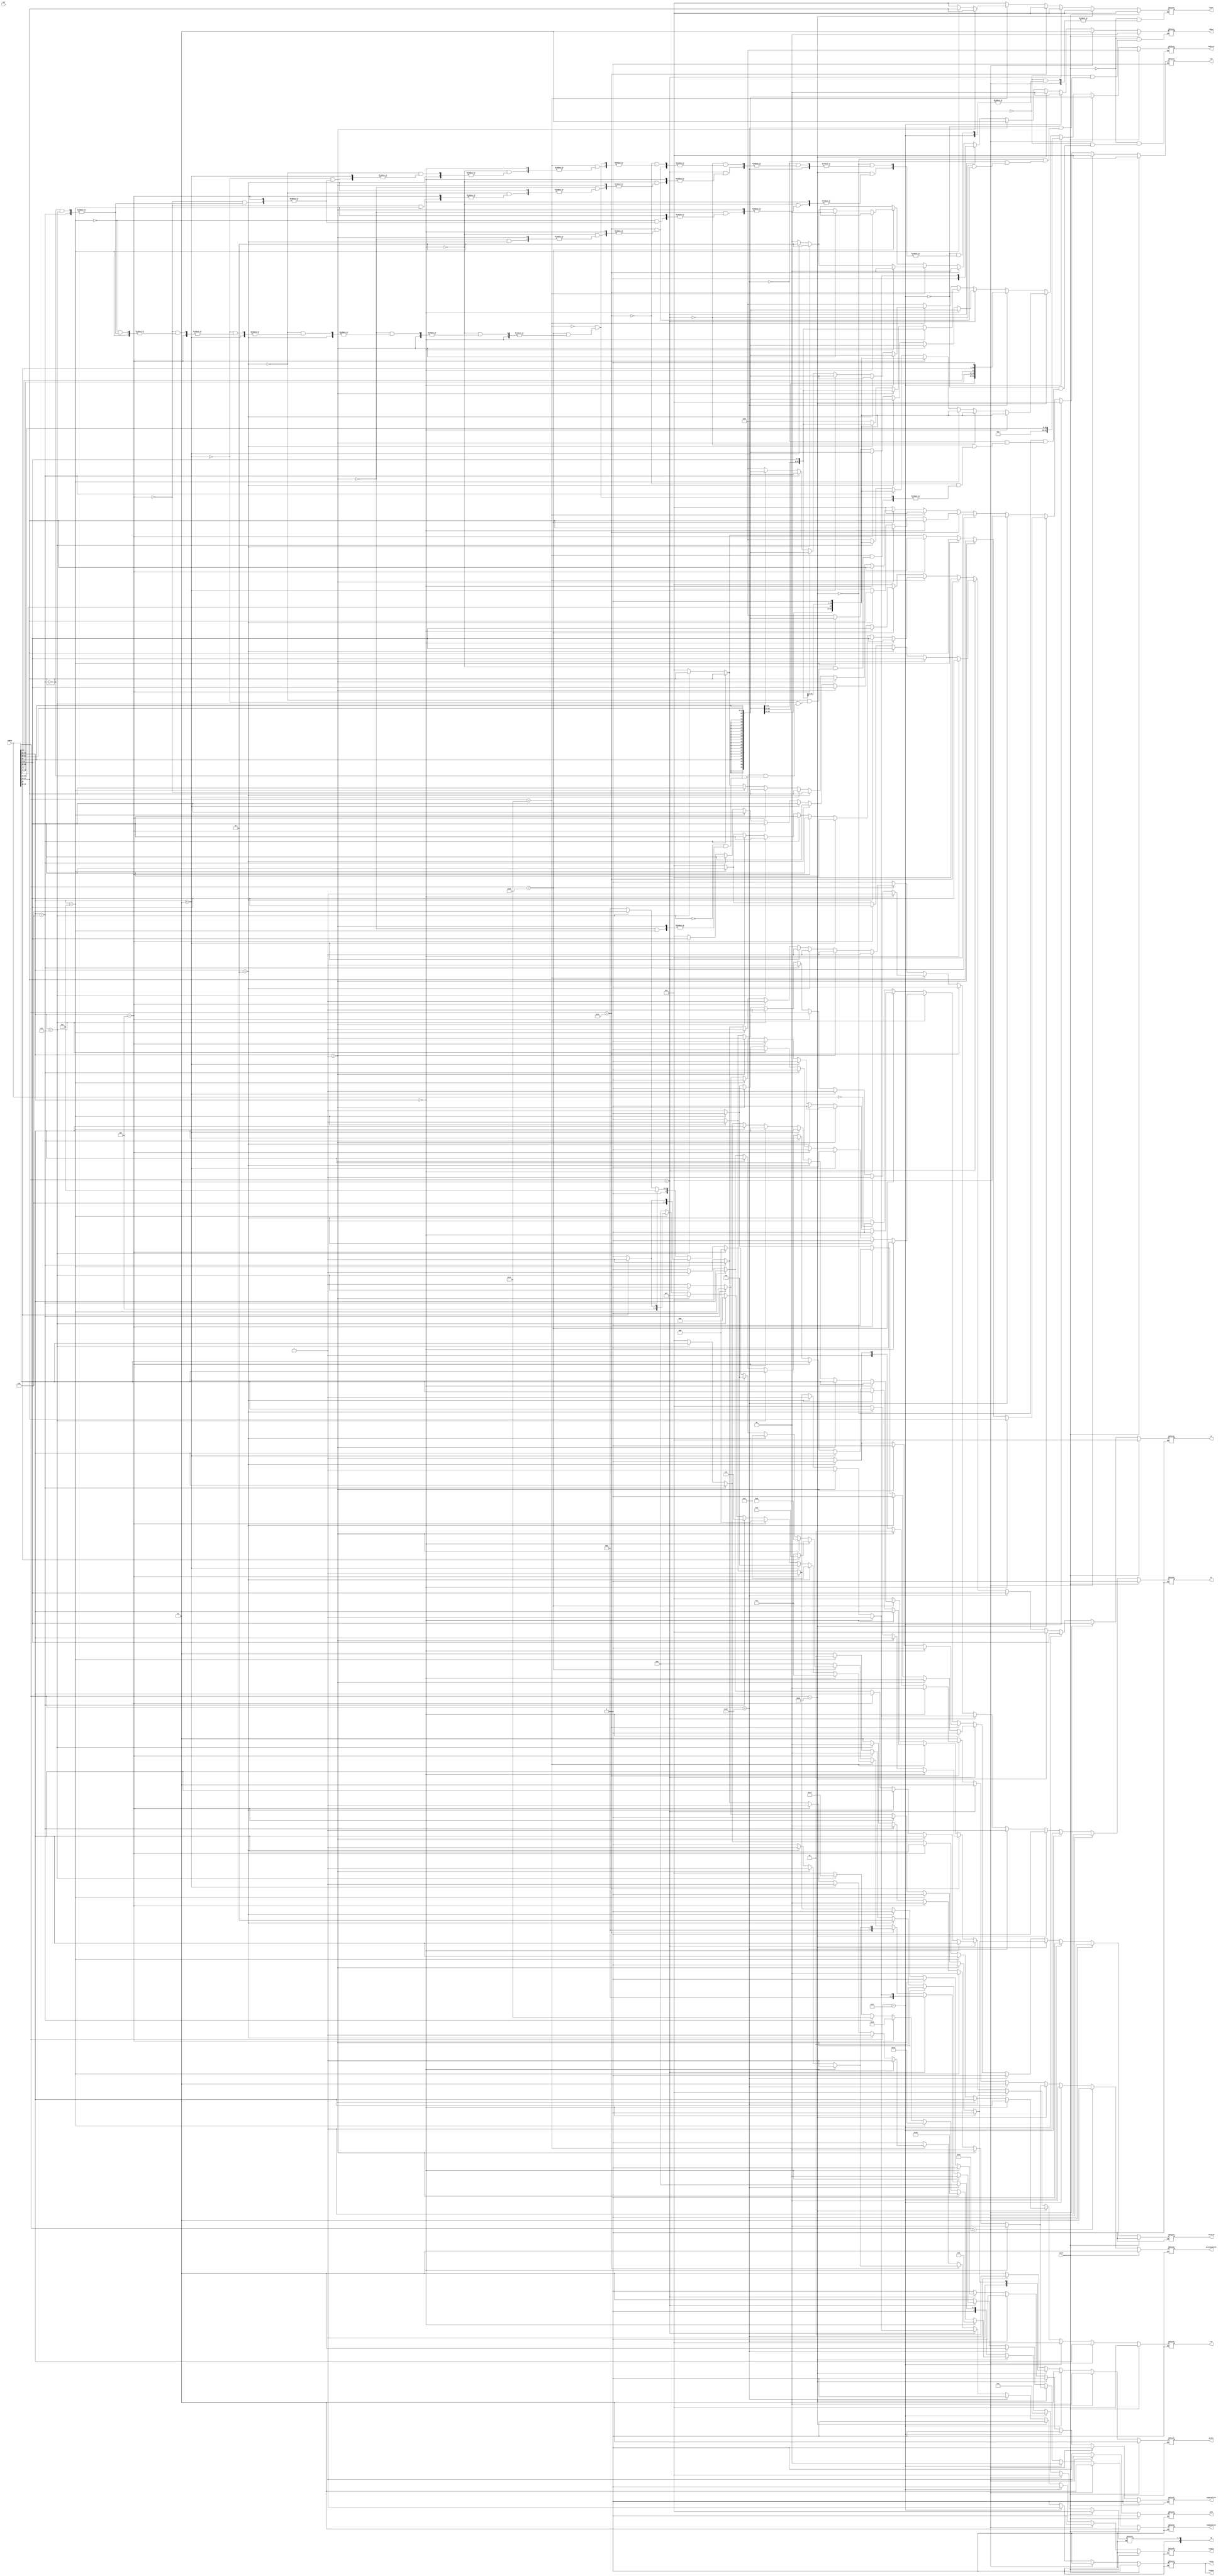
`timescale 1ns / 1ps
//////////////////////////////////////////////////////////////////////////////////
// Company: 
// Engineer: 
// 
// Design Name: 
// Module Name:    decoder 
// Project Name: 
// Target Devices: 
// Tool versions: 
// Description: 
//
// Dependencies: 
//
// Revision: 
// Revision 0.01 - File Created
// Additional Comments: 
//
//////////////////////////////////////////////////////////////////////////////////
module decoder(reset,idata,rs1,new,jalr,
    rs2,
    rd,
    op,
    address,
	 rs2mux,
	 rs1mux,
	 rdmux,
	 shamt,
	 wr,
	 signcontrol,
	 writecontrol,
	 readcontrol,pcmux,invalid,luiin
    );
output reg luiin;
input wire reset;
input wire new;
input wire [31:0] idata; 
output reg [4:0] rs1;
 output reg [4:0] rs2;
 output reg [4:0] rd;
 output reg [5:0] op;
 output reg wr;
 output reg [4:0] shamt;
 output reg [31:0] address;
output reg rs2mux,rs1mux;
output reg [1:0] rdmux; //write mux control signal

output reg signcontrol;    //unsigned operation handler--logic high for unsigned enable
output reg [1:0] writecontrol;  //dmem write logic
output reg [1:0] readcontrol;   //dmem read logic
output reg [1:0] pcmux;
output reg jalr,invalid;
initial begin
	 rs1<=0;
	 rs2<=0;
	 rd<=0;
	 luiin<=0;
	 op<=0;
	 wr<=0;
	 shamt<=0;
	 address<=0;
	 rs2mux<=0;
	 rs1mux<=0;
	 rdmux<=0;
	 jalr<=0;
	 signcontrol<=0;
	 writecontrol<=3;
	 readcontrol<=3;
	 pcmux<=3;
	 invalid<=0;
	 end
	 always@(reset or idata or new)begin
	 if (reset)begin
	 rs1<=0;
	 rs2<=0;
	 rd<=0;
	 op<=0;       //do nothing alu
	 wr<=0;
	 rs2mux<=0;
	 rs1mux<=0;
	 rdmux<=0;
	 address<=0;
	 shamt<=0;
	 jalr<=0;
	 luiin<=0;
	 signcontrol<=0;
	 writecontrol<=3;
	 readcontrol<=3;
	 pcmux<=3;
	 invalid<=0;
	 end
	 else begin
	 if (idata[6:0]==103)begin//jalr
    rs1<=idata[19:15];
    rs2<=0;
	 rd<=idata[11:7];
	 rs2mux<=0;
    rs1mux<=0 ;
	 luiin<=0;
    rdmux<=3;	 //imm over rv2 into alu as 2nd input
	 op<=0; //add alu
	 wr<=1;
	 readcontrol<=3;
	 jalr<=1;
	 writecontrol<=3;
	 signcontrol<=0;
	 pcmux<=0;
	 address<=({{20{idata[31]}},idata[31:20]});//imem not byte addressable, hence no byte offset
	 invalid<=0;
	 end
	 else if (idata[6:0]==55)begin
	 rs1<=0;
	 rs2<=0;
	 rd<=idata[11:7]; //link to combinational reg file
	 address<=$unsigned(idata[31:12]); //bypass control to mux later
	 rs2mux<=0;
    rs1mux<=1 ;
    rdmux<=0;	 //imm over rv2 into alu as 2nd input
	 op<=14; //add alu
	 wr<=1;
	 luiin<=1;
	 jalr<=0;
	 readcontrol<=0;
	 writecontrol<=0;
	 signcontrol<=0;
	 pcmux<=3;
	 invalid<=0;
	 end
	 
	 else if (idata[6:0]==99)begin
	 if (idata[14:12]==0)begin
	 rs1<=idata[19:15];
	 rs2<=idata[24:20];
	 rd<=0; //link to combinational reg file
	 address<=({{20{idata[31]}},idata[31],idata[7],idata[30:25],idata[11:8]})<<1; //bypass control to mux later
	 rs2mux<=0;
    rs1mux<=0;
	 jalr<=0;
	 luiin<=0;
    rdmux<=0;	 //imm over rv2 into alu as 2nd input
	 op<=15; //add alu
	 wr<=0;
	 readcontrol<=0;
	 writecontrol<=0;
	 signcontrol<=0;
	 pcmux<=2;
	 invalid<=0;
	 end
	 else if (idata[14:12]==1)begin
	 rs1<=idata[19:15];
	 rs2<=idata[24:20];
	 rd<=0; //link to combinational reg file
	 address<=({{20{idata[31]}},idata[31],idata[7],idata[30:25],idata[11:8]})<<1; //bypass control to mux later
	 rs2mux<=0;
    rs1mux<=0;
	 jalr<=0;
	 luiin<=0;
    rdmux<=0;	 //imm over rv2 into alu as 2nd input
	 op<=16; //add alu
	 wr<=0;
	 readcontrol<=0;
	 writecontrol<=0;
	 signcontrol<=0;
	 pcmux<=2;
	 invalid<=0;
	 end
	  else if (idata[14:12]==5)begin
	 rs1<=idata[19:15];
	 rs2<=idata[24:20];
	 rd<=0; //link to combinational reg file
	 address<=({{20{idata[31]}},idata[31],idata[7],idata[30:25],idata[11:8]})<<1; //bypass control to mux later
	 rs2mux<=0;
    rs1mux<=0;
	 luiin<=0;
	 jalr<=0;
    rdmux<=0;	 //imm over rv2 into alu as 2nd input
	 op<=18;																																							 //add alu
	 wr<=0;
	 readcontrol<=0;
	 writecontrol<=0;
	 signcontrol<=0;
	 pcmux<=2;
	 invalid<=0;
	 end
	 
	 
	 else if (idata[14:12]==4)begin
	 rs1<=idata[19:15];
	 rs2<=idata[24:20];
	 rd<=0; //link to combinational reg file
	 address<=({{20{idata[31]}},idata[31],idata[7],idata[30:25],idata[11:8]})<<1; //bypass control to mux later
	 rs2mux<=0;
	 luiin<=0;
    rs1mux<=0;
    rdmux<=0;	 //imm over rv2 into alu as 2nd input
	 op<=17;																																							 //add alu
	 wr<=0;
	 jalr<=0;
	 readcontrol<=0;
	 writecontrol<=0;
	 signcontrol<=0;
	 pcmux<=2;
	 invalid<=0;
	 end
	 
	 else if (idata[14:12]==6)begin
	 rs1<=idata[19:15];
	 rs2<=idata[24:20];
	 rd<=0; //link to combinational reg file
	 address<=({{20{idata[31]}},idata[31],idata[7],idata[30:25],idata[11:8]})<<1; //bypass control to mux later
	 rs2mux<=0;
    rs1mux<=0;
	 luiin<=0;
	 jalr<=0;
    rdmux<=0;	 //imm over rv2 into alu as 2nd input
	 op<=19;																																							 //add alu
	 wr<=0;
	 readcontrol<=0;
	 writecontrol<=0;
	 signcontrol<=0;
	 pcmux<=2;
	 invalid<=0;
	 end
	 
	 else if (idata[14:12]==7)begin
	 rs1<=idata[19:15];
	 rs2<=idata[24:20];
	 rd<=0; //link to combinational reg file
	 address<=({{20{idata[31]}},idata[31],idata[7],idata[30:25],idata[11:8]})<<1; //bypass control to mux later
	 rs2mux<=0;
	 luiin<=0;
	 jalr<=0;
    rs1mux<=0;
    rdmux<=0;	 //imm over rv2 into alu as 2nd input
	 op<=20;																																							 //add alu
	 wr<=0;
	 readcontrol<=0;
	 writecontrol<=0;
	 signcontrol<=0;
	 pcmux<=2;
	 invalid<=0;
	 end
	 
	 else begin
	 rs1<=0;
	 rs2<=0;
	 rd<=0;
	 op<=0;       //do nothing alu
	 wr<=0;
	 rs2mux<=0;
	 rs1mux<=0;
	 rdmux<=0;
	 address<=0;
	 shamt<=0;
	 jalr<=0;
	 luiin<=0;
	 signcontrol<=0;
	 writecontrol<=3;
	 readcontrol<=3;
	 pcmux<=3;
	 invalid<=1;
	 end
	 
	 end
	 else if (idata[6:0]==111)begin //jal
	 rs1<=0;
    rs2<=0;
	 luiin<=0;
	 rd<=idata[11:7];
	 rs2mux<=0;
    rs1mux<=0;
    rdmux<=3;	 //imm over rv2 into alu as 2nd input
	 op<=0; //add alu
	 wr<=1;
	 jalr<=0;
	 readcontrol<=3;
	 writecontrol<=3;
	 signcontrol<=0;
	 pcmux<=1;
	 address<={{12{idata[31]}},idata[31],idata[19:12],idata[20],idata[30:21],1'b0};//imem not byte addressable, hence no byte offset
	 invalid<=0;
	 end
    else if (idata[6:0]==3)begin
	 if (idata[14:12]==0)begin
	 rs1<=idata[19:15];
	 rs2<=0;
	 luiin<=0;
	 rd<=idata[11:7]; //link to combinational reg file
	 address<=({{20{idata[31]}},idata[31:20]}); //bypass control to mux later
	 rs2mux<=1;
	 jalr<=0;
    rs1mux<=0 ;
    rdmux<=1;	 //imm over rv2 into alu as 2nd input
	 op<=1; //add alu
	 wr<=1;
	 readcontrol<=0;
	 writecontrol<=3;
	 signcontrol<=0;
	 pcmux<=3;
	 invalid<=0;
	 end
	 else if (idata[14:12]==1)begin
	 rs1<=idata[19:15];
	 rs2<=0;
	 rd<=idata[11:7];  //link to combinational reg file
	 address<=({{20{idata[31]}},idata[31:20]}); //bypass control to mux later
	 op<=1; //add alu
	 wr<=1;
	 luiin<=0;
	 jalr<=0;
	 rs2mux<=1;
    rs1mux<=0 ;
	 rdmux<=1;
	 //imm over rv2 into alu as 2nd input
	 readcontrol<=1;
	 writecontrol<=3;
	 signcontrol<=0;
	 pcmux<=3;
	 invalid<=0;
	 end
	 else if (idata[14:12]==2)begin
	 rs1<=idata[19:15];  //sign extension enabled by default???????????????????????????????????(guess:yes)extensionhandlerneeded	
	 rs2<=0;
	 rd<=idata[11:7];  //link to combinational reg file
	 address<=({{20{idata[31]}},idata[31:20]}); //bypass control to mux later, b4 alu
	 op<=1; //add alu
	 wr<=1;
	 jalr<=0;
	 luiin<=0;
	 readcontrol<=2;
	 writecontrol<=3;
	 rs2mux<=1;
    rs1mux<=0 ;
    rdmux<=1;	 //imm over rv2 into alu as 2nd input
	 signcontrol<=0;
	 pcmux<=3;
	 invalid<=0;
	 end
	 else if (idata[14:12]==4)begin
	 rs1<=idata[19:15];  //sign extension enabled by default???????????????????????????????????(guess:yes)extensionhandlerneeded	
	 rs2<=0;
	 rd<=idata[11:7];  //link to combinational reg file
	 address<={{20{idata[31]}},idata[31:20]}; //bypass control to mux later, b4 alu
	 op<=1; //add alu
	 wr<=1;
	 luiin<=0;
	 readcontrol<=0;
	 writecontrol<=3;
	 rs2mux<=1;
    rs1mux<=0 ;
	 jalr<=0;
    rdmux<=1;	 //imm over rv2 into alu as 2nd input
	 signcontrol<=1;
	 pcmux<=3;
	 invalid<=0;
	 end
	 else if (idata[14:12]==5)begin
	 rs1<=idata[19:15];  //sign extension enabled by default???????????????????????????????????(guess:yes)extensionhandlerneeded	
	 rs2<=0;
	 rd<=idata[11:7];  //link to combinational reg file
	 address<=({{20{idata[31]}},idata[31:20]}); //bypass control to mux later, b4 alu
	 op<=1; //add alu
	 wr<=1;
	 luiin<=0;
	 rs2mux<=1;
    rs1mux<=0 ;
	 jalr<=0;
	 rdmux<=1;//imm over rv2 into alu as 2nd input
	 readcontrol<=1;
	 writecontrol<=3;
	 signcontrol<=1;
	 pcmux<=3;
	 invalid<=0;
	 end
	 	 else begin
	 rs1<=0;
	 rs2<=0;
	 rd<=0;
	 op<=0;       //do nothing alu
	 wr<=0;
	 rs2mux<=0;
	 rs1mux<=0;
	 rdmux<=0;
	 address<=0;
	 shamt<=0;
	 luiin<=0;
	 jalr<=0;
	 signcontrol<=0;
	 writecontrol<=3;
	 readcontrol<=3;
	 pcmux<=3;
	 invalid<=1;
	 end
	 end
	 else if (idata[6:0]==35)begin
	 if (idata[14:12]==0)begin
	 rs1<=idata[19:15];  //sign extension enabled by default???????????????????????????????????(guess:yes)extensionhandlerneeded	
	 rs2<=idata[24:20];
	 rd<=0;  //link to combinational reg file
	 address<={{20{idata[31]}},idata[31:25],idata[11:7]}; //bypass control to mux later, b4 alu
	 op<=1; //add alu
	 wr<=0;
	 luiin<=0;
	 rs2mux<=1;
   	 //rv2 into alu as 2nd input
	 rs1mux<=0;//rs1 into alu as first input
	 readcontrol<=3;
	 writecontrol<=0;
	 jalr<=0;
	 signcontrol<=0;
	 pcmux<=3;
	 invalid<=0;
	 end
	 else if (idata[14:12]==1)begin
	 rs1<=idata[19:15];  //sign extension enabled by default???????????????????????????????????(guess:yes)extensionhandlerneeded	
	 rs2<=idata[24:20];
	 rd<=0;  //link to combinational reg file
	 address<={{20{idata[31]}},idata[31:25],idata[11:7]}; //bypass control to mux later, b4 alu
	 op<=1; //add alu
	 wr<=0;
	 luiin<=0;
	 rs2mux<=1; 
	 rs1mux<=0 ;//imm over rv2 into alu as 2nd input
	 readcontrol<=3;
	 writecontrol<=1;
	 jalr<=0;
	 signcontrol<=0;
	 pcmux<=3;
	 invalid<=0;
	 end
	 else if (idata[14:12]==2)begin
	 rs1<=idata[19:15];  //sign extension enabled by default???????????????????????????????????(guess:yes)extensionhandlerneeded	
	 rs2<=idata[24:20];
	 rd<=0;  //link to combinational reg file
	 address<={{20{idata[31]}},idata[31:25],idata[11:7]}; //bypass control to mux later, b4 alu
	 op<=1; //add alu
	 wr<=0;
	 luiin<=0;
	 rs2mux<=1; //imm over rv2 into alu as 2nd input
	 rs1mux<=0 ;
	 readcontrol<=3;
	 writecontrol<=2;
	 jalr<=0;
	 signcontrol<=0;
	 pcmux<=3;
	 invalid<=0;
	 end
	 	 else begin
	 rs1<=0;
	 rs2<=0;
	 rd<=0;
	 op<=0;       //do nothing alu
	 wr<=0;
	 rs2mux<=0;
	 rs1mux<=0;
	 rdmux<=0;
	 luiin<=0;
	 address<=0;
	 shamt<=0;
	 jalr<=0;
	 signcontrol<=0;
	 writecontrol<=3;
	 readcontrol<=3;
	 pcmux<=3;
	 invalid<=1;
	 end
	 end
	 else if (idata[6:0]==19)begin
	 if (idata[14:12]==0)begin
	 rs1<=idata[19:15];  //sign extension enabled by default???????????????????????????????????(guess:yes)extensionhandlerneeded	
	 rs2<=0;
	 rd<=idata[11:7];  //link to combinational reg file
	 address<=({{20{idata[31]}},idata[31:20]}); //bypass control to mux later, b4 alu
	 op<=1; //add alu
	 wr<=1;
	 luiin<=0;
	 jalr<=0;
	 rs2mux<=1;
    rs1mux<=0;
    rdmux<=0;	 //imm over rv2 into alu as 2nd input
	 readcontrol<=3;
	 writecontrol<=3;
	 signcontrol<=0; //refers to dmem write sign extension, not alu's sign ext.
	 pcmux<=3;
	 invalid<=0;
	 end
	 else if (idata[14:12]==2)begin
	 rs1<=idata[19:15];  //sign extension enabled by default???????????????????????????????????(guess:yes)extensionhandlerneeded	
	 rs2<=0;
	 jalr<=0;
	 luiin<=0;
	 rs2mux<=1; 
	 rs1mux<=0 ;
	 rdmux<=2;//imm over rv2 into alu as 2nd input
	 rd<=idata[11:7];  //link to combinational reg file
	 address<=({{20{idata[31]}},idata[31:20]}); //bypass control to mux later, b4 alu
	 op<=2; //if inp1<imm, set rd to 1,else 0.. further alu combinational logic follows later
	 wr<=1;
	 readcontrol<=3;
	 writecontrol<=3;
	 signcontrol<=0;
	 pcmux<=3;
	 invalid<=0;
	 end
	 else if (idata[14:12]==3)begin
	 rs1<=idata[19:15];  //sign extension enabled by default???????????????????????????????????(guess:yes)extensionhandlerneeded	
	 rs2<=0;
	 rs2mux<=1;
	 luiin<=0;
	 jalr<=0;
    rs1mux<=0 ;
    rdmux<=2;	 //imm over rv2 into alu as 2nd input
	 rd<=idata[11:7];  //link to combinational reg file
	 address<=({{20{idata[31]}},idata[31:20]}); //bypass control to mux later, b4 alu
	 op<=3; //if unsigned(inp1)<unsigned(imm), set rd to 1,else 0.. further alu combinational logic follows later
	 wr<=1;
	 readcontrol<=3;
	 writecontrol<=3;
	 signcontrol<=0;
	 pcmux<=3;
	 invalid<=0;
	 end
	 else if (idata[14:12]==4)begin
	 rs1<=idata[19:15];  //sign extension enabled by default???????????????????????????????????(guess:yes)extensionhandlerneeded	
	 rs2<=0;
	 rs2mux<=1; 
	 jalr<=0;
	 luiin<=0;
	 rs1mux<=0 ;
	 rdmux<=0;//imm over rv2 into alu as 2nd input
	 rd<=idata[11:7];  //link to combinational reg file
	 address<=({{20{idata[31]}},idata[31:20]}); //bypass control to mux later, b4 alu
	 op<=4; //xor
	 wr<=1;
	 readcontrol<=3;
	 writecontrol<=3;
	 signcontrol<=0;
	 pcmux<=3;
	 invalid<=0;
	 end
	 else if (idata[14:12]==6)begin
	 rs1<=idata[19:15];  //sign extension enabled by default???????????????????????????????????(guess:yes)extensionhandlerneeded	
	 rs2<=0;
	 rs2mux<=1; 
	 rs1mux<=0 ;
	 luiin<=0;
	 rdmux<=0;//imm over rv2 into alu as 2nd input
	 rd<=idata[11:7];  //link to combinational reg file
	 address<=({{20{idata[31]}},idata[31:20]}); //bypass control to mux later, b4 alu
	 op<=5; //or
	 wr<=1;
	 jalr<=0;
	 readcontrol<=3;
	 writecontrol<=3;
	 signcontrol<=0;
	 pcmux<=3;
	 invalid<=0;
	 end
	 else if (idata[14:12]==7)begin
	 rs1<=idata[19:15];  //sign extension enabled by default???????????????????????????????????(guess:yes)extensionhandlerneeded	
	 rs2<=0;
	 rs2mux<=1; 
	 rs1mux<=0 ;
	 rdmux<=0;//imm over rv2 into alu as 2nd input
	 rd<=idata[11:7];  //link to combinational reg file
	 address<=({{20{idata[31]}},idata[31:20]}); //bypass control to mux later, b4 alu
	 op<=6; //and		
	 wr<=1;
	 luiin<=0;
	 jalr<=0;
	 readcontrol<=3;
	 writecontrol<=3;
	 signcontrol<=0;
	 pcmux<=3;
	 invalid<=0;
	 end
	 else if (idata[14:12]==1)begin
	 rs1<=idata[19:15];  //sign extension enabled by default???????????????????????????????????(guess:yes)extensionhandlerneeded	
	 rs2<=0;
	 rs2mux<=0; 
	 rs1mux<=0 ;
	 rdmux<=0;
	 luiin<=0;
	 //rv2 into alu as 2nd input
	 rd<=idata[11:7];  //link to combinational reg file
	 op<=7; //logical left shift inp1 by shamt
	 wr<=1;
	 jalr<=0;
	 readcontrol<=3;
	 shamt<=idata[24:20];
	 writecontrol<=3;
	 signcontrol<=0;
	 pcmux<=3;
	 invalid<=0;
	 end
	 else if (idata[14:12]==5)begin
	 if (idata[30]==0)begin
	 rs1<=idata[19:15];  //sign extension enabled by default???????????????????????????????????(guess:yes)extensionhandlerneeded	
	 rs2<=0;
	 rs2mux<=0; 
	 luiin<=0;
	 rs1mux<=0 ;
	 rdmux<=0;//rv2 into alu as 2nd input
	 rd<=idata[11:7];  //link to combinational reg file
	 op<=8; //logical right shift inp1 by shamt
	 wr<=1;
	 jalr<=0;
	 readcontrol<=3;
	 shamt<=idata[24:20];
	 writecontrol<=3;
	 signcontrol<=0;
	 pcmux<=3;
	 invalid<=0;
	 end
	 else if (idata[30]==1)begin
	 rs1<=idata[19:15];  //sign extension enabled by default???????????????????????????????????(guess:yes)extensionhandlerneeded	
	 rs2<=0;
	 luiin<=0;
	 rs2mux<=0; 
	 rs1mux<=0 ;
	 rdmux<=0;//rv2 into alu as 2nd input
	 rd<=idata[11:7];  //link to combinational reg file
	 op<=9; //arithmatic right shift inp1 by shamt
	 wr<=1;
	 jalr<=0;
	 readcontrol<=3;
	 shamt<=idata[24:20];
	 writecontrol<=3;
	 signcontrol<=0;
	 pcmux<=3;
	 invalid<=0;
	 end
	 end
	 	 else begin
	 rs1<=0;
	 rs2<=0;
	 rd<=0;
	 op<=0;       //do nothing alu
	 wr<=0;
	 rs2mux<=0;
	 luiin<=0;
	 rs1mux<=0;
	 rdmux<=0;
	 address<=0;
	 shamt<=0;
	 jalr<=0;
	 signcontrol<=0;
	 writecontrol<=3;
	 readcontrol<=3;
	 pcmux<=3;
	 invalid<=1;
	 end
	 end
	 else if (idata[6:0]==51)begin
	 if (idata[14:12]==0)begin
	 if (idata[30]==0)begin
	 rs1<=idata[19:15];
	 rs2<=idata[24:20];
	 rd<=idata[11:7]; //link to combinational reg file
	 rs2mux<=0; 
	 luiin<=0;
	 rs1mux<=0 ;//rv2 into alu as 2nd input
	 op<=1; //add alu
	 wr<=1;
	 jalr<=0;
	 rdmux<=0;
	 readcontrol<=3;
	 writecontrol<=3;
	 signcontrol<=0;
	 pcmux<=3;
	 invalid<=0;
	 end
	 else if (idata[30]==1)begin
	 rs1<=idata[19:15];
	 rs2<=idata[24:20];
	 rd<=idata[11:7]; //link to combinational reg file
	 rs2mux<=0; 
	 rs1mux<=0 ;
	 luiin<=0;
	 rdmux<=0;//rv2 into alu as 2nd input
	 op<=10; //sub alu
	 wr<=1;
	 jalr<=0;
	 readcontrol<=3;
	 writecontrol<=3;
	 signcontrol<=0;
	 pcmux<=3;
	 invalid<=0;
	 end
	 end
	 else if (idata[14:12]==1)begin
	 rs1<=idata[19:15];
	 rs2<=idata[24:20];
	 luiin<=0;
	 rd<=idata[11:7]; //link to combinational reg file
	 rs2mux<=0; 
	 rs1mux<=0 ;
	 rdmux<=0;//rv2 into alu as 2nd input
	 op<=11; //shift left by rv2
	 wr<=1;
	 jalr<=0;
	 readcontrol<=3;
	 writecontrol<=3;
	 signcontrol<=0;
	 pcmux<=3;
	 invalid<=0;
	 end
	 else if (idata[14:12]==2)begin
	 rs1<=idata[19:15];
	 rs2<=idata[24:20];
	 rd<=idata[11:7]; //link to combinational reg file
	 rs2mux<=0; 
	 luiin<=0;
	 jalr<=0;
	 rs1mux<=0 ;
	 rdmux<=2;//rv2 into alu as 2nd input
	 op<=2; //if inp1<inp2, set rd to 1,else 0.. further alu combinational logic follows later
	 wr<=1;
	 readcontrol<=3;
	 writecontrol<=3;
	 signcontrol<=0;
	 pcmux<=3;
	 invalid<=0;
	 end
	 else if (idata[14:12]==3)begin
	 rs1<=idata[19:15];
	 rs2<=idata[24:20];
	 rd<=idata[11:7]; //link to combinational reg file
	 rs2mux<=0; 
	 rs1mux<=0 ;
	 luiin<=0;
	 jalr<=0;
	 rdmux<=2;//rv2 into alu as 2nd input
	 op<=3; //if unsigned(inp1)<unsigned(inp2), set rd to 1,else 0.. further alu combinational logic follows later
	 wr<=1;
	 readcontrol<=3;
	 writecontrol<=3;
	 signcontrol<=0;
	 pcmux<=3;
	 invalid<=0;
	 end
	 else if (idata[14:12]==4)begin
	 rs1<=idata[19:15];
	 rs2<=idata[24:20];
	 rd<=idata[11:7]; //link to combinational reg file
	 rs2mux<=0; 
	 jalr<=0;
	 luiin<=0;
	 rs1mux<=0 ;
	 rdmux<=0;//rv2 into alu as 2nd input
	 op<=4; //xor
	 wr<=1;
	 readcontrol<=3;
	 writecontrol<=3;
	 signcontrol<=0;
	 pcmux<=3;
	 invalid<=0;
	 end
	 else if (idata[14:12]==5)begin
	 if (idata[30]==0)begin
	 rs1<=idata[19:15];
	 rs2<=idata[24:20];
	 rd<=idata[11:7]; //link to combinational reg file
	 rs2mux<=0; 
	 luiin<=0;
	 rs1mux<=0 ;
	 rdmux<=0;//rv2 into alu as 2nd input
	 op<=12; //right shift by rv2
	 wr<=1;
	 jalr<=0;
	 readcontrol<=3;
	 writecontrol<=3;
	 signcontrol<=0;
	 pcmux<=3;
	 invalid<=0;
	 end
	 else if (idata[30]==1) begin
	 rs1<=idata[19:15];
	 rs2<=idata[24:20];
	 rd<=idata[11:7]; //link to combinational reg file
	 rs2mux<=0; 
	 rs1mux<=0 ;
	 luiin<=0;
	 rdmux<=0;//rv2 into alu as 2nd input
	 op<=13; //arithmetic right shift by rv2
	 wr<=1;
	 jalr<=0;
	 readcontrol<=3;
	 writecontrol<=3;
	 signcontrol<=0;
	 pcmux<=3;
	 invalid<=0;
	 end
	 end
	 else if (idata[14:12]==6)begin
	 rs1<=idata[19:15];
	 rs2<=idata[24:20];
	 rd<=idata[11:7]; //link to combinational reg file
	 rs2mux<=0; 
	 rs1mux<=0 ;
	 jalr<=0;
	 luiin<=0;
	 rdmux<=0;//rv2 into alu as 2nd input
	 op<=5; //or
	 wr<=1;
	 readcontrol<=3;
	 writecontrol<=3;
	 signcontrol<=0;
	 pcmux<=3;
	 invalid<=0;
	 end
	 else if (idata[14:12]==7)begin
	 rs1<=idata[19:15];
	 rs2<=idata[24:20];
	 rd<=idata[11:7]; //link to combinational reg file
	 rs2mux<=0; 
	 rs1mux<=0 ;
	 jalr<=0;
	 luiin<=0;
	 rdmux<=0;//rv2 into alu as 2nd input
	 op<=6; //and
	 wr<=1;
	 readcontrol<=3;
	 writecontrol<=3;
	 signcontrol<=0;
	 pcmux<=3;
	 invalid<=0;
	 end
	 	 else begin
	 rs1<=0;
	 rs2<=0;
	 rd<=0;
	 op<=0;       //do nothing alu
	 wr<=0;
	 rs2mux<=0;
	 rs1mux<=0;
	 luiin<=0;
	 rdmux<=0;
	 address<=0;
	 shamt<=0;
	 jalr<=0;
	 signcontrol<=0;
	 writecontrol<=3;
	 readcontrol<=3;
	 pcmux<=3;
	 invalid<=1;
	 end
	 end
	 else if (idata==0) begin
	  rs1<=0;
	 rs2<=0;
	 rd<=0;
	 luiin<=0;
	 op<=0;
	 wr<=0;
	 shamt<=0;
	 jalr<=0;
	 address<=0;
	 rs2mux<=0;
	 rs1mux<=0;
	 rdmux<=0;
	 signcontrol<=0;
	 writecontrol<=3;
	 readcontrol<=3;
	 pcmux<=3;
	 invalid<=0;
	 end
	 else begin
	 rs1<=0;
	 rs2<=0;
	 rd<=0;
	 op<=0;
	 wr<=0;
	 shamt<=0;
	 luiin<=0;
	 jalr<=0;
	 address<=0;
	 rs2mux<=0;
	 rs1mux<=0;
	 rdmux<=0;
	 signcontrol<=0;
	 writecontrol<=3;
	 readcontrol<=3;
	 pcmux<=3;
	 invalid<=1;
	 end
	 end
	 
	 end
	 
	 
	  
	 
	 
	 
	 

endmodule